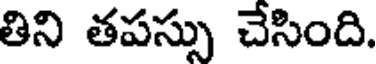
తిని తపస్సు చేసింది.